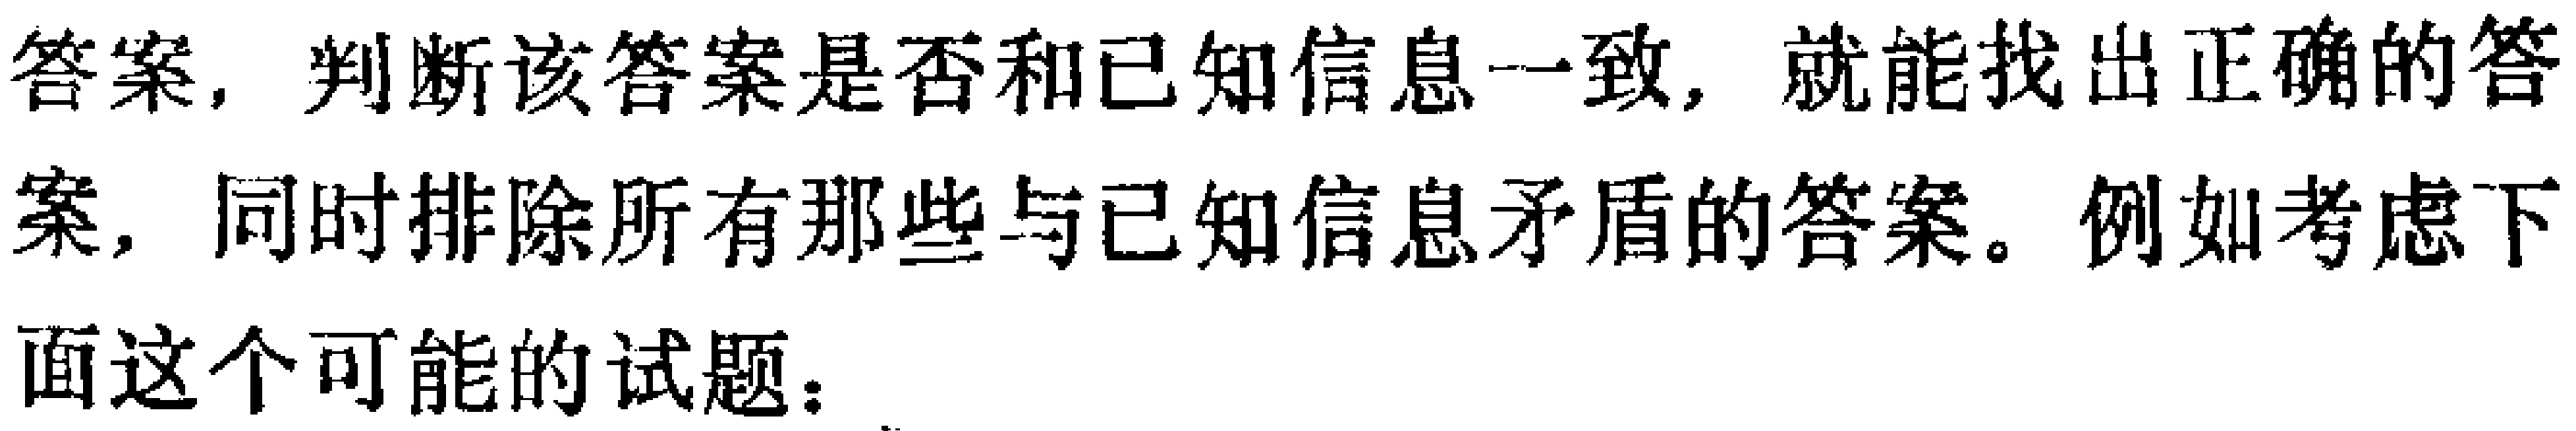
答案，判断该答案是否和已知信息一致，就能找出正确的答案，同时排除所有那些与已知信息矛盾的答案。例如考虑下面这个可能的试题：